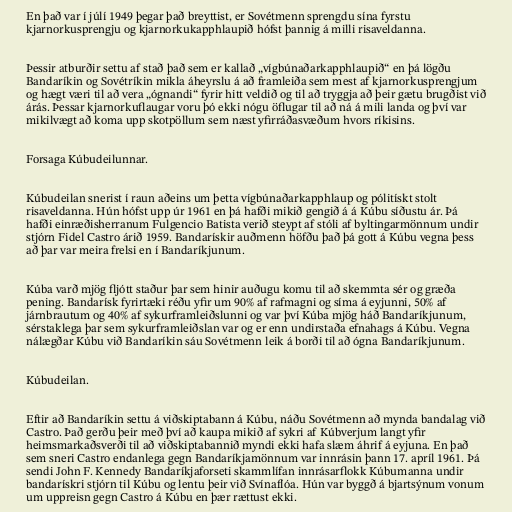
En það var í júlí 1949 þegar það breyttist, er Sovétmenn sprengdu sína fyrstu
kjarnorkusprengju og kjarnorkukapphlaupið hófst þannig á milli risaveldanna.

Þessir atburðir settu af stað það sem er kallað „vígbúnaðarkapphlaupið“ en þá lögðu
Bandaríkin og Sovétríkin mikla áheyrslu á að framleiða sem mest af kjarnorkusprengjum
og hægt væri til að vera „ógnandi“ fyrir hitt veldið og til að tryggja að þeir gætu brugðist við
árás. Þessar kjarnorkuflaugar voru þó ekki nógu öflugar til að ná á mili landa og því var
mikilvægt að koma upp skotpöllum sem næst yfirráðasvæðum hvors ríkisins.

Forsaga Kúbudeilunnar.

Kúbudeilan snerist í raun aðeins um þetta vígbúnaðarkapphlaup og pólitískt stolt
risaveldanna. Hún hófst upp úr 1961 en þá hafði mikið gengið á á Kúbu síðustu ár. Þá
hafði einræðisherranum Fulgencio Batista verið steypt af stóli af byltingarmönnum undir
stjórn Fidel Castro árið 1959. Bandarískir auðmenn höfðu það þá gott á Kúbu vegna þess
að þar var meira frelsi en í Bandaríkjunum.

Kúba varð mjög fljótt staður þar sem hinir auðugu komu til að skemmta sér og græða
pening. Bandarísk fyrirtæki réðu yfir um 90% af rafmagni og síma á eyjunni, 50% af
járnbrautum og 40% af sykurframleiðslunni og var því Kúba mjög háð Bandaríkjunum,
sérstaklega þar sem sykurframleiðslan var og er enn undirstaða efnahags á Kúbu. Vegna
nálægðar Kúbu við Bandaríkin sáu Sovétmenn leik á borði til að ógna Bandaríkjunum.

Kúbudeilan.

Eftir að Bandaríkin settu á viðskiptabann á Kúbu, náðu Sovétmenn að mynda bandalag við
Castro. Það gerðu þeir með því að kaupa mikið af sykri af Kúbverjum langt yfir
heimsmarkaðsverði til að viðskiptabannið myndi ekki hafa slæm áhrif á eyjuna. En það
sem sneri Castro endanlega gegn Bandaríkjamönnum var innrásin þann 17. apríl 1961. Þá
sendi John F. Kennedy Bandaríkjaforseti skammlífan innrásarflokk Kúbumanna undir
bandarískri stjórn til Kúbu og lentu þeir við Svínaflóa. Hún var byggð á bjartsýnum vonum
um uppreisn gegn Castro á Kúbu en þær rættust ekki.